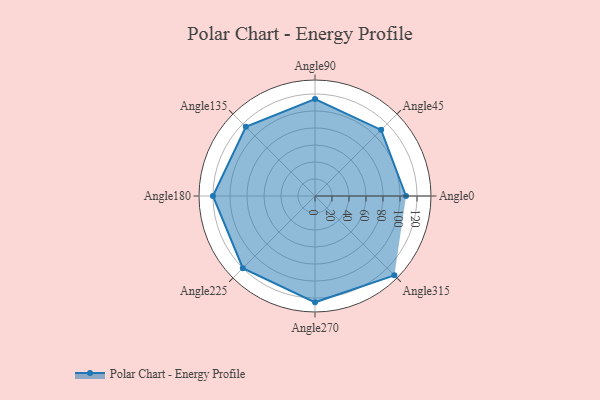
{"axis": {"x": "Angle", "y": "Radius"}, "legend": [""], "data": [{"x": "Angle0", "y": 107.0, "type": ""}, {"x": "Angle45", "y": 110.0, "type": ""}, {"x": "Angle90", "y": 114.0, "type": ""}, {"x": "Angle135", "y": 115.0, "type": ""}, {"x": "Angle180", "y": 120.0, "type": ""}, {"x": "Angle225", "y": 120.0, "type": ""}, {"x": "Angle270", "y": 125.0, "type": ""}, {"x": "Angle315", "y": 132.0, "type": ""}]}